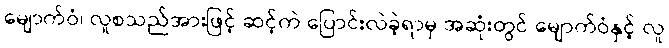
မျောက်ဝံ၊ လူစသည်အားဖြင့် ဆင့်ကဲ ပြောင်းလဲခဲ့ရာမှ အဆုံးတွင် မျောက်ဝံနှင့် လူ